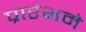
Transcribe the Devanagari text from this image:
प्रारंभमे